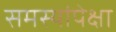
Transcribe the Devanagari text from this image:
समस्यांपेक्षा